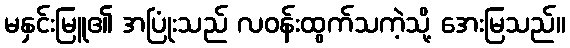
မနှင်းမြူ၏ အပြုံးသည် လဝန်းထွက်သကဲ့သို့ အေးမြသည်။